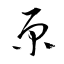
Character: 原